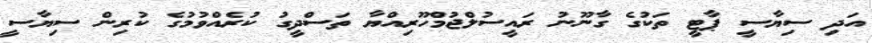
އަދި ސިޔާސީ ޕާޓީ ތަކުގެ ގާނޫނު ރައީސުލްޖުމްހޫރިއްޔާ ތަސްދީގު ކުރެއްވުމުގެ ކުރިން ސިޔާސީ